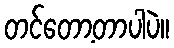
တင်တော့တာပါပဲ။